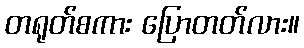
တရုတ်စကား ပြောတတ်လား။